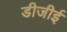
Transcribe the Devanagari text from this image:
डीजीई